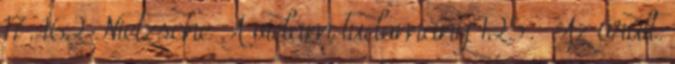
17. 162 Nietzsche A vidám tudomány 125. „Az őrült.